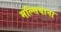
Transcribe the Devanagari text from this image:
मल्सियाना